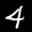
Label: 4